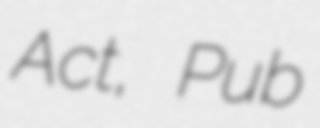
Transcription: Act, Pub